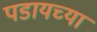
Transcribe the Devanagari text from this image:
पडायच्या